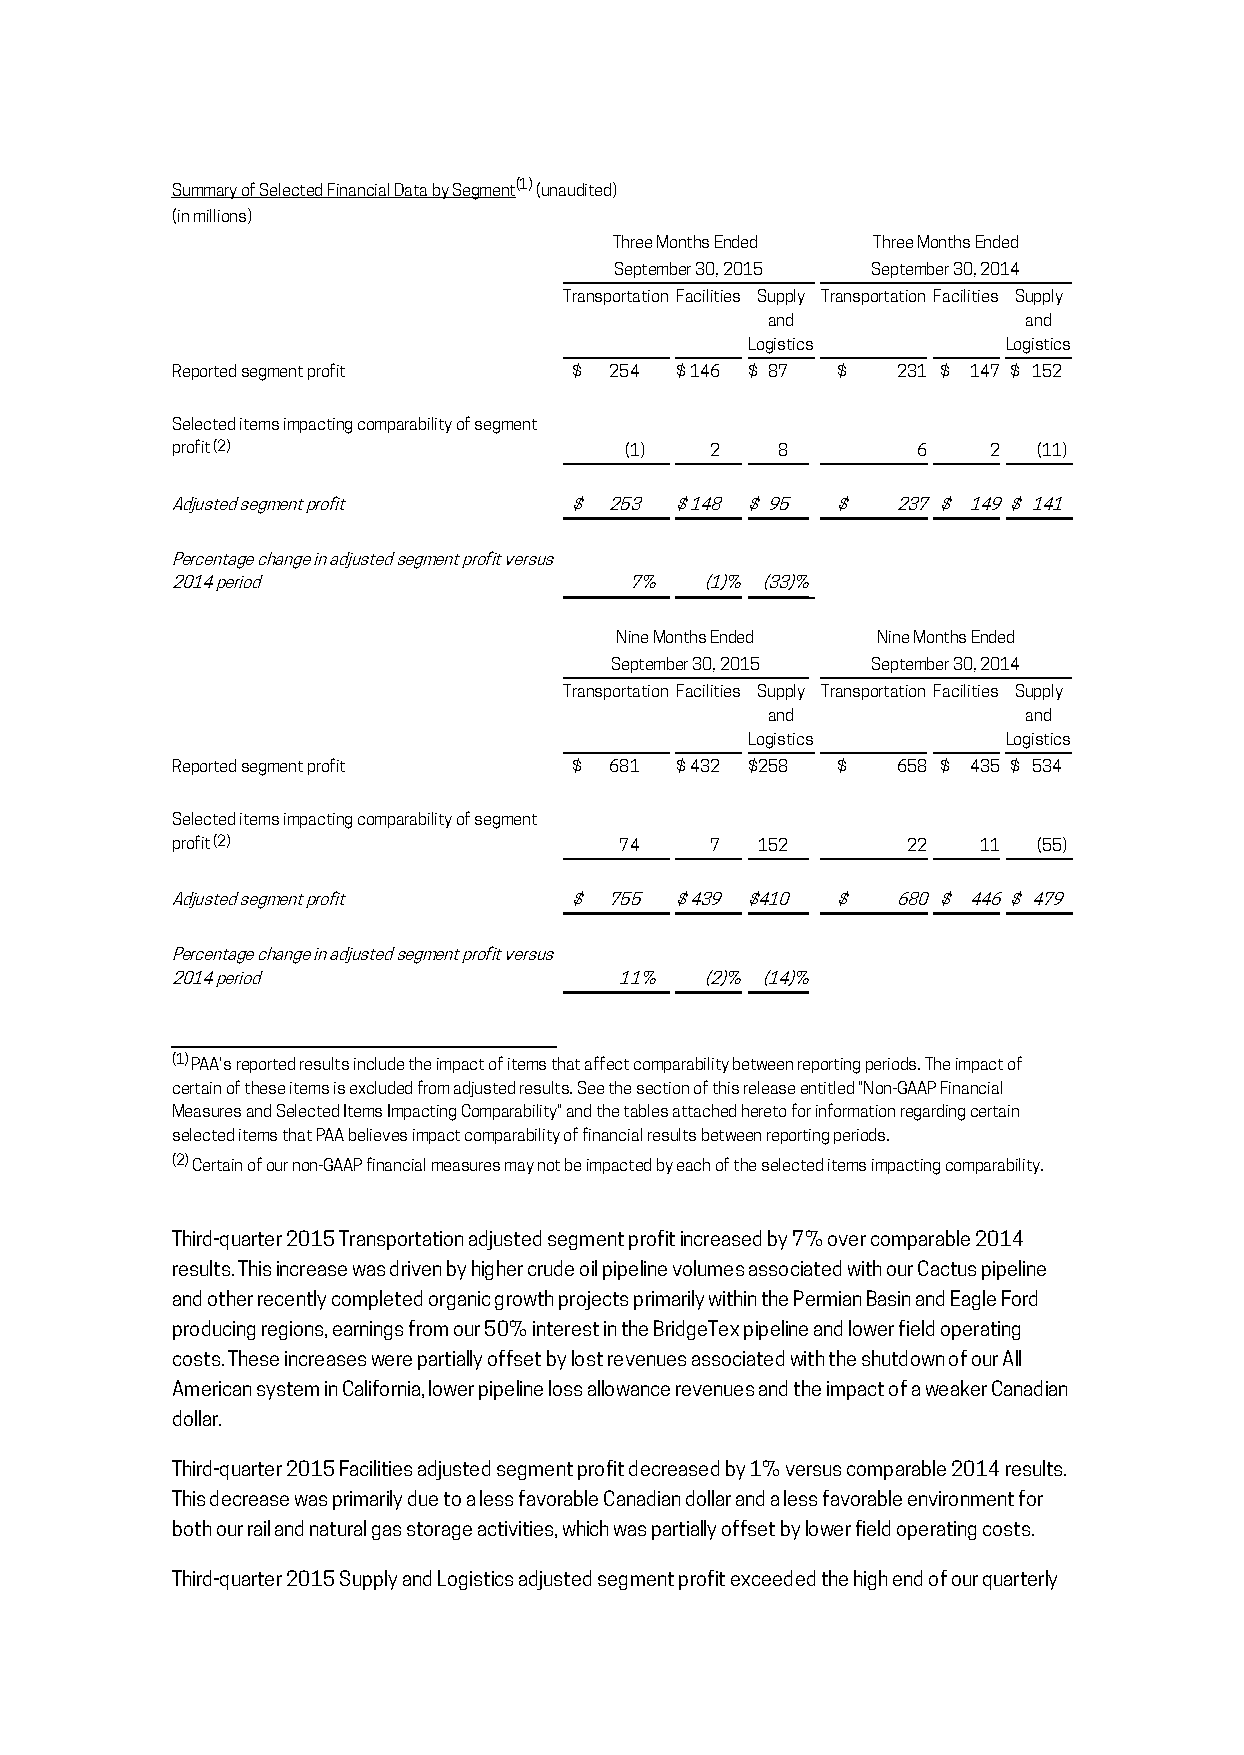
Summary of Selected Financial Data by Segment(1) (unaudited)
 (in millions)
 Three Months Ended Three Months Ended
 September 30, 2015 September 30, 2014
 Transportation Facilities Supply Transportation Facilities Supply
 and              and
 Logistics        Logistics
 Reported segment profit    $ 254  $146 $ 87 $   231 $ 147 $ 152
 Selected items impacting comparability of segment
 profit (2)                    (1)   2    8        6    2  (11)
 Adjusted segment profit    $ 253  $148 $95  $   237 $ 149$ 141
 Percentage change in adjusted segment profit versus
 2014 period                    7%   (1)% (33)%
 Nine Months Ended Nine Months Ended
 September 30, 2015 September 30, 2014
 Transportation Facilities Supply Transportation Facilities Supply
 and              and
 Logistics        Logistics
 Reported segment profit    $ 681  $432 $258 $   658 $ 435 $ 534
 Selected items impacting comparability of segment
 profit (2)                    74    7  152       22   11  (55)
 Adjusted segment profit    $ 755  $439 $410 $   680 $ 446$ 479
 Percentage change in adjusted segment profit versus
 2014 period                   11%   (2)% (14)%
 (1) PAA's reported results include the impact of items that affect comparability between reporting periods. The impact of
 certain of these items is excluded from adjusted results. See the section of this release entitled "Non-GAAP Financial
 Measures and Selected Items Impacting Comparability" and the tables attached hereto for information regarding certain
 selected items that PAA believes impact comparability of financial results between reporting periods.
 (2) Certain of our non-GAAP financial measures may not be impacted by each of the selected items impacting comparability.
 Third-quarter 2015 Transportation adjusted segment profit increased by 7% over comparable 2014
 results. This increase was driven by higher crude oil pipeline volumes associated with our Cactus pipeline
 and other recently completed organic growth projects primarily within the Permian Basin and Eagle Ford
 producing regions, earnings from our 50% interest in the BridgeTex pipeline and lower field operating
 costs. These increases were partially offset by lost revenues associated with the shutdown of our All
 American system in California, lower pipeline loss allowance revenues and the impact of a weaker Canadian
 dollar.
 Third-quarter 2015 Facilities adjusted segment profit decreased by 1% versus comparable 2014 results.
 This decrease was primarily due to a less favorable Canadian dollar and a less favorable environment for
 both our rail and natural gas storage activities, which was partially offset by lower field operating costs.
 Third-quarter 2015 Supply and Logistics adjusted segment profit exceeded the high end of our quarterly